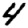
Digit: 4